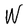
Character: W